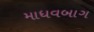
માધવબાગ